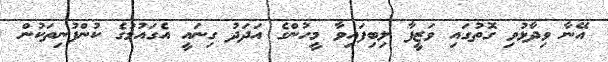
އޭނާ ވިދާޅުވި ގޮތުގައި ވަޒީފާ ލިބިފައިވާ މީހުންގެ އަދަދު ގިނައީ އެގައުމުގެ ކުންފުނިތަކުން